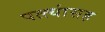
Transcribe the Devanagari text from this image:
पत्त्यांसह